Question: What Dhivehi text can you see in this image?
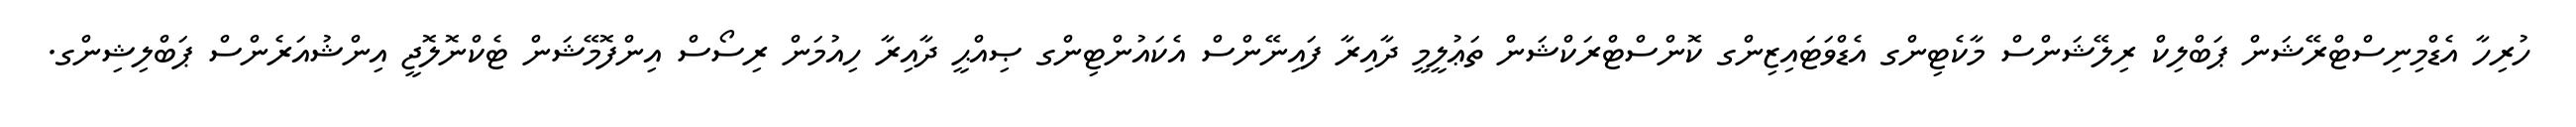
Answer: ހުރިހާ އެޑްމިނިސްޓްރޭޝަން ޕަބްލިކް ރިލޭޝަންސް މާކެޓިންގ އެޑްވަޓައިޒިންގ ކޮންސްޓްރަކްޝަން ތަޢުލީމީ ދާއިރާ ފައިނޭންސް އެކައުންޓިންގ ޞިއްޙީ ދާއިރާ ހިއުމަން ރިސޯސް އިންފޮމޭޝަން ޓެކްނޮލޮޖީ އިންޝުއަރެންސް ޕަބްލިޝިންގ.